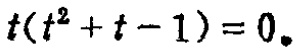
\(t(t^{2}+t - 1)=0\)